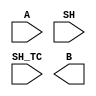
////////////////////////////////////////////////////////////////////////////////
//
//       This confidential and proprietary software may be used only
//     as authorized by a licensing agreement from Synopsys Inc.
//     In the event of publication, the following notice is applicable:
//
//                    (C) COPYRIGHT 2006 - 2018 SYNOPSYS INC.
//                           ALL RIGHTS RESERVED
//
//       The entire notice above must be reproduced on all authorized
//     copies.
//
//
// VERSION:   Simulation Architecture
//
// DesignWare_version: 97a0ef3b
// DesignWare_release: O-2018.06-DWBB_201806.3
//
////////////////////////////////////////////////////////////////////////////////
//----------------------------------------------------------------------------
//
// ABSTRACT: Arithmetic Right Shifter - VHDL style
//           This component performs left and right shifting.
//           When SH_TC = '0', the shift coefficient SH is interpreted as a
//           positive unsigned number and only right shifts are performed.
//           When SH_TC = '1', the shift coefficient SH is a signed two's
//           complement number. A negative coefficient indicates
//           a left shift (division) and a positive coefficient indicates
//           a right shift (multiplication).
//           The input data A is always considered a signed value.
//           The MSB on A is extended when shifted to the right, and the 
//           LSB on A is extended when shifting to the left.
//
// MODIFIED: 
//
//----------------------------------------------------------------------------

module DW_sra(A, SH, SH_TC, B);
  parameter integer A_width=4;
  parameter integer SH_width=2;

  input [A_width-1:0] A;
  input [SH_width-1:0] SH;
  input SH_TC;
   
  output [A_width-1:0] B;

  // synopsys translate_off
      
  //-------------------------------------------------------------------------
  // Parameter legality check
  //-------------------------------------------------------------------------

  
 
  initial begin : parameter_check
    integer param_err_flg;

    param_err_flg = 0;
    
  
    if (A_width < 2) begin
      param_err_flg = 1;
      $display(
	"ERROR: %m :\n  Invalid value (%d) for parameter A_width (lower bound: 2)",
	A_width );
    end
  
    if (SH_width < 1) begin
      param_err_flg = 1;
      $display(
	"ERROR: %m :\n  Invalid value (%d) for parameter SH_width (lower bound: 1)",
	SH_width );
    end 
  
    if ( param_err_flg == 1) begin
      $display(
        "%m :\n  Simulation aborted due to invalid parameter value(s)");
      $finish;
    end

  end // parameter_check 


  reg [A_width-1:0] B_INT;
  reg [A_width-1:0] mask;
 
  always @ (A or SH or SH_TC)
  begin
    mask = {A_width{1'b1}};
    if ((SH_TC === 1'bx) | ((^A) === 1'bx) | ((^SH) === 1'bx) )
      B_INT = {A_width{1'bx}};
    else
      begin
        if ((SH_TC === 1'b0) | (SH[SH_width-1] === 1'b0))
          begin
            B_INT = $signed(A) >>> SH;
          end
        else
          if (SH_width === 1) 
            B_INT = (SH === 1)?((A << 1)|A[0]):A;
          else
          begin
            B_INT = (A << ~SH) << 1;
            B_INT = B_INT | (~((mask << ~SH)<<1) & {A_width{A[0]}});
          end
      end
  end

  assign B = B_INT;
  // synopsys translate_on

endmodule